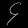
Digit: ၄